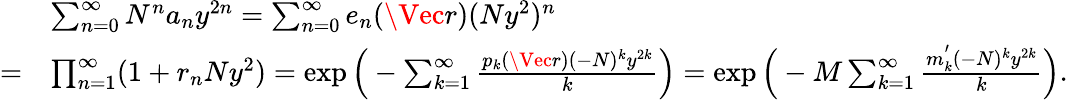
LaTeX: \begin{array}{rl}&{\sum_{n=0}^{\infty}N^{n}a_{n}y^{2n}=\sum_{n=0}^{\infty}e_{n}(\Vec{r})(Ny^{2})^{n}}\\ {=}&{\prod_{n=1}^{\infty}(1+r_{n}Ny^{2})=\exp\Big(-\sum_{k=1}^{\infty}\frac{p_{k}(\Vec{r})(-N)^{k}y^{2k}}{k}\Big)=\exp\Big(-M\sum_{k=1}^{\infty}\frac{m_{k}^{'}(-N)^{k}y^{2k}}{k}\Big).}\end{array}